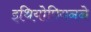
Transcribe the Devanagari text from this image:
इथियोपियनने